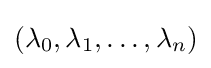
\left(\lambda _{0},\lambda _{1},\dots ,\lambda _{n}\right)